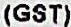
(GST)